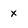
Character: x